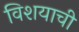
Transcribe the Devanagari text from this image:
विशयाची